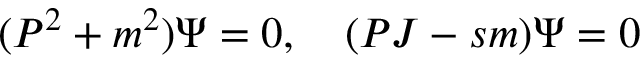
( P ^ { 2 } + m ^ { 2 } ) \Psi = 0 , \quad ( P J - s m ) \Psi = 0